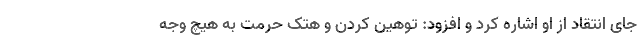
جای انتقاد از او اشاره کرد و افزود: توهین کردن و هتک حرمت به هیچ وجه